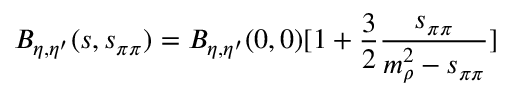
B _ { \eta , \eta ^ { \prime } } ( s , s _ { \pi \pi } ) = B _ { \eta , \eta ^ { \prime } } ( 0 , 0 ) [ 1 + { \frac { 3 } { 2 } } { \frac { s _ { \pi \pi } } { m _ { \rho } ^ { 2 } - s _ { \pi \pi } } } ]